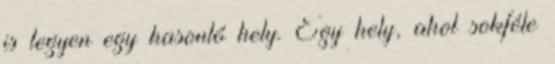
is legyen egy hasonló hely. Egy hely, ahol sokféle